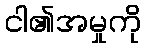
ငါ၏အမှုကို